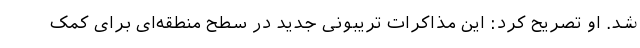
شد. او تصریح کرد: این مذاکرات تریبونی جدید در سطح منطقه‌ای برای کمک